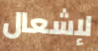
لإشعال